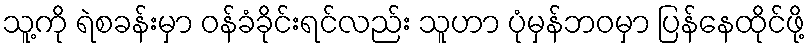
သူ့ကို ရဲစခန်းမှာ ဝန်ခံခိုင်းရင်လည်း သူဟာ ပုံမှန်ဘဝမှာ ပြန်နေထိုင်ဖို့